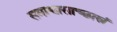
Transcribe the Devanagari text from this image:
समाश्वासाच्छास्त्रं